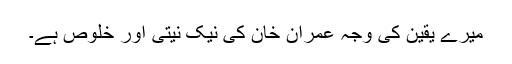
میرے یقین کی وجہ عمران خان کی نیک نیتی اور خلوص ہے۔